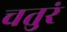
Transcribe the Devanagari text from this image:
चतुरं